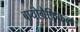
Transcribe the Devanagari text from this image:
बायोग्रैफ़िकल